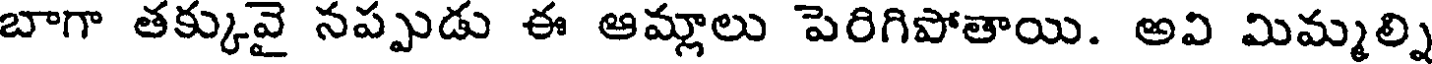
బాగా తక్కువై నప్పుడు ఈ ఆమ్లాలు పెరిగిపోతాయి. అవి మిమ్మల్ని